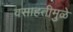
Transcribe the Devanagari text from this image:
वसाहतीमुळे